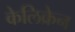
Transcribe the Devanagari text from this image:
केलिक्रेन